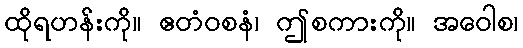
ထိုရဟန်းကို။ ဧတံဝစနံ၊ ဤစကားကို။ အဝေါစ၊